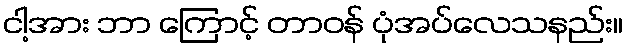
ငါ့အား ဘာ ကြောင့် တာဝန် ပုံအပ်လေသနည်း။